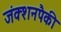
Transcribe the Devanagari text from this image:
जंक्शनपैकी